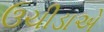
ઉચીડાએ